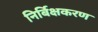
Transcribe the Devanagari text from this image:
निर्बिक्षकरण